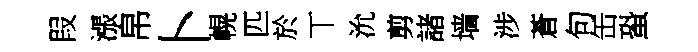
叚漲帛卜幌匹於丅沇剪諸墙涉蒼句缶蛩